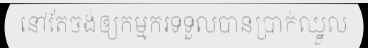
នៅតែចង់ឲ្យកម្មករទទួលបានប្រាក់ឈ្នួល